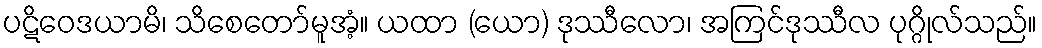
ပဋိဝေဒယာမိ၊ သိစေတော်မူအံ့။ ယထာ (ယော) ဒုဿီလော၊ အကြင်ဒုဿီလ ပုဂ္ဂိုလ်သည်။